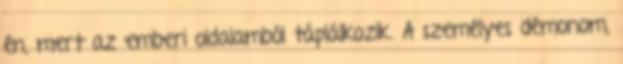
én, mert az emberi oldalamból táplálkozik. A személyes démonom,